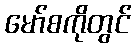
မော်စကိုတွင်